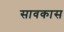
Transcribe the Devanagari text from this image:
सावकास